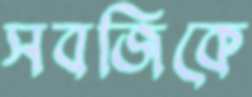
সবজিকে